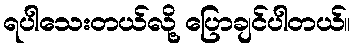
ရပါသေးတယ်လို့ ပြောချင်ပါတယ်။